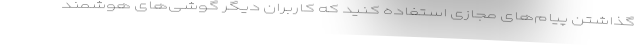
گذاشتن پیام‌های مجازی استفاده کنید که کاربران دیگر گوشی‌های هوشمند